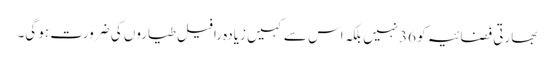
بھارتی فضائیہ کو 36نہیں بلکہ اس سے کہیں زیادہ رافیل طیاروں کی ضرورت ہو گی۔